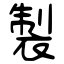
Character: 製